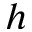
h